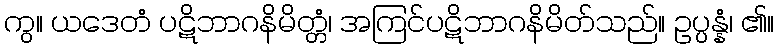
ကွ။ ယဒေတံ ပဋိဘာဂနိမိတ္တံ၊ အကြင်ပဋိဘာဂနိမိတ်သည်။ ဥပ္ပန္နံ၊ ၏။